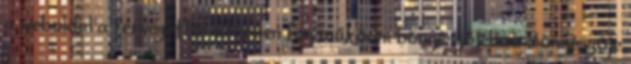
a weboldal a tervezettől eltérően fog működni böngészőjében. Böngészője